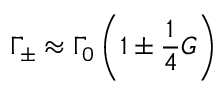
\Gamma _ { \pm } \approx \Gamma _ { 0 } \left( 1 \pm \frac { 1 } { 4 } G \right)